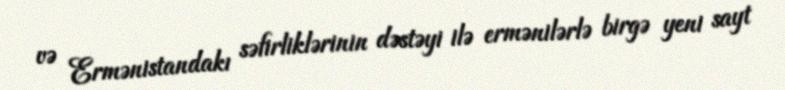
və Ermənistandakı səfirliklərinin dəstəyi ilə ermənilərlə birgə yeni sayt